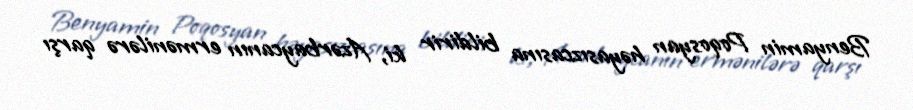
Benyamin Poqosyan həyasızcasına bildirir ki, Azərbaycanın ermənilərə qarşı